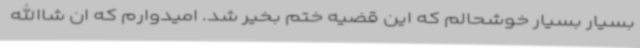
بسیار بسیار خوشحالم که این قضیه ختم بخیر شد. امیدوارم که ان شاالله